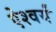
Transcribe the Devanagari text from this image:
ऐश्वर्यं